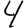
Digit: 4